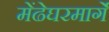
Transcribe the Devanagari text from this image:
मेंढेघरमार्गे